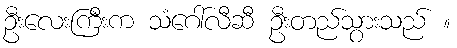
ဦးလေးကြီးက သံဂေါ်လီဆီ ဦးတည်သွားသည် ။